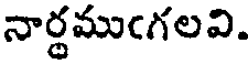
నార్థముఁగలవి.